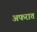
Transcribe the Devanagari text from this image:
अफरात